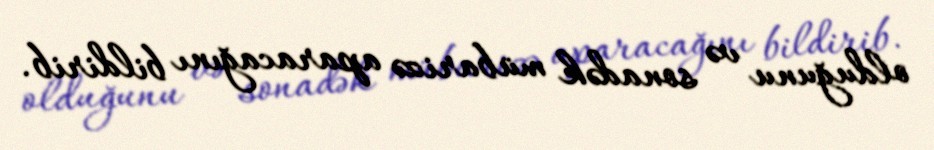
olduğunu və sonadək mübarizə aparacağını bildirib.